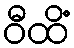
ဝီထိံ